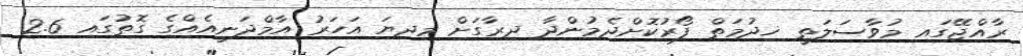
ރާއްޖޭގައި މުވާސަލަތީ ޚިދުމަތް ފޯރުކޮށްދެމުންދާ ދިރާގަށް މިދިޔަ އަހަރު އާމްދަނީއެއްގެ ގޮތުގައި 2.6